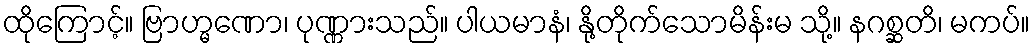
ထိုကြောင့်။ ဗြာဟ္မဏော၊ ပုဏ္ဏားသည်။ ပါယမာနံ၊ နို့တိုက်သောမိန်းမ သို့။ နဂစ္ဆတိ၊ မကပ်။